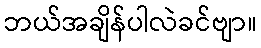
ဘယ်အချိန်ပါလဲခင်ဗျာ။